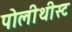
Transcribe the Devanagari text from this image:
पोलीथीस्ट